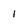
Character: 1